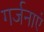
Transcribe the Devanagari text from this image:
गर्जनाएं